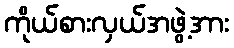
ကိုယ်စားလှယ်အဖွဲ့အား